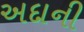
અદાની